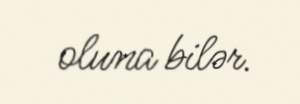
oluna bilər.